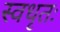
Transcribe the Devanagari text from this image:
स्वधृतः